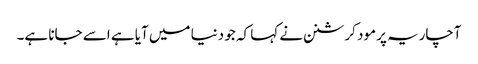
آچاریہ پرمود کرشنن نے کہا کہ جو دنیا میں آیا ہے اسے جانا ہے۔